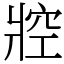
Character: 㸜